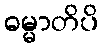
ဓမ္မာတိပိ